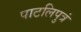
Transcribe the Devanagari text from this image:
पाटलिपुत्रं